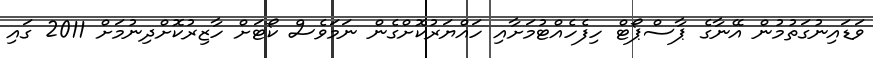
ވަޑައިނުގަތުމުން އޭނާގެ ޕާސްޕޯޓް ހިފެހެއްޓުމަށާއި ހައްޔަރުކޮށްގެން ނަމަވެސް ކޯޓަށް ހާޒިރުކޮށްދިނުމަށް 2011 ގައި